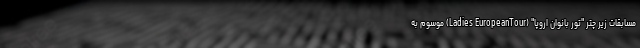
مسابقات زیر چتر "تور بانوان اروپا" (Ladies EuropeanTour) موسوم به